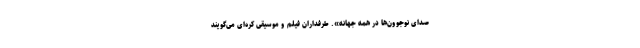
صدای نوجوون‌ها در همه جهانه». طرفداران فیلم و موسیقی کره‌ای می‌گویند